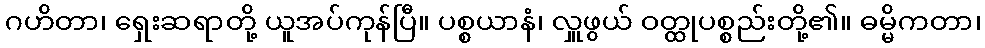
ဂဟိတာ၊ ရှေးဆရာတို့ ယူအပ်ကုန်ပြီ။ ပစ္စယာနံ၊ လှူဖွယ် ဝတ္ထုပစ္စည်းတို့၏။ ဓမ္မိကတာ၊